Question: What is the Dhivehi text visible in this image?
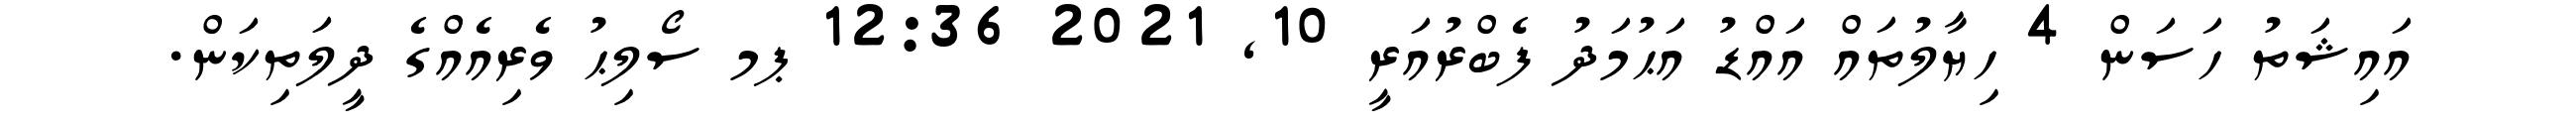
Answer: އައިޝަތު ހަސަން 4 ހިޔާލުތައް އައްޑު އަޙުމަދު ފެބްރުއަރީ 10, 2021 12:36 ޕމ ސޯލިޙު ވެރިއެއްގެ ދީލަތިކަން.